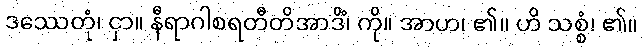
ဒဿေတုံ၊ ငှာ။ နီရာဂါစရတီတိအာဒိံ၊ ကို။ အာဟ၊ ၏။ ဟိ သစ္စံ၊ ၏။